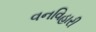
વનવિહારી